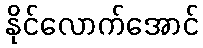
နိုင်လောက်အောင်